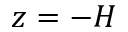
z = - H